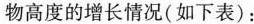
物高度的增长情况(如下表)